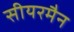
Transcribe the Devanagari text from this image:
सीयरमैन